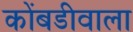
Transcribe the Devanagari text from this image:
कोंबडीवाला